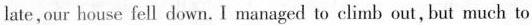
late,our house fell down. I managed to climb out, but much to